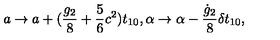
a \rightarrow a + ( \frac { g _ { 2 } } { 8 } + \frac { 5 } { 6 } c ^ { 2 } ) t _ { 1 0 } , \alpha \rightarrow \alpha - \frac { \dot { g } _ { 2 } } { 8 } \delta t _ { 1 0 } ,